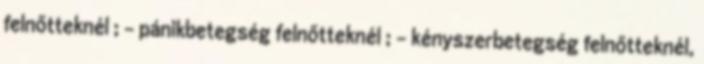
felnőtteknél ; - pánikbetegség felnőtteknél ; - kényszerbetegség felnőtteknél,